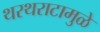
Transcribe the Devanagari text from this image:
थरथराटामुळे